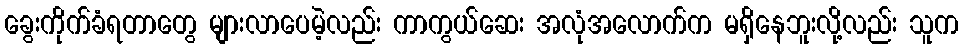
ခွေးကိုက်ခံရတာတွေ များလာပေမဲ့လည်း ကာကွယ်ဆေး အလုံအလောက်က မရှိနေဘူးလို့လည်း သူက